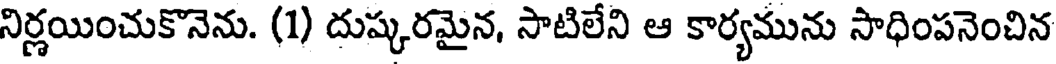
నిర్ణయించుకొనెను. (1) దుష్కరమైన, సాటిలేని ఆ కార్యమును సాధింపనెంచిన